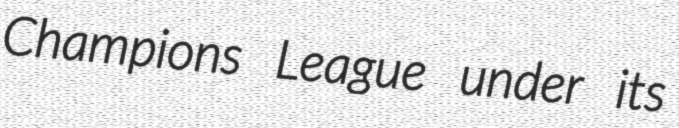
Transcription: Champions League under its